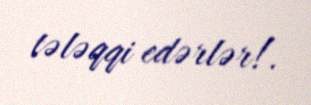
tələqqi edərlər!.